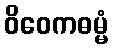
ဝိဝေကဓမ္မံ